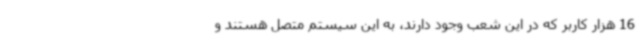
16 هزار کاربر که در این شعب وجود دارند، به این سیستم متصل هستند و